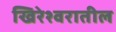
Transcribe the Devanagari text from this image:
खिरेश्वरातील